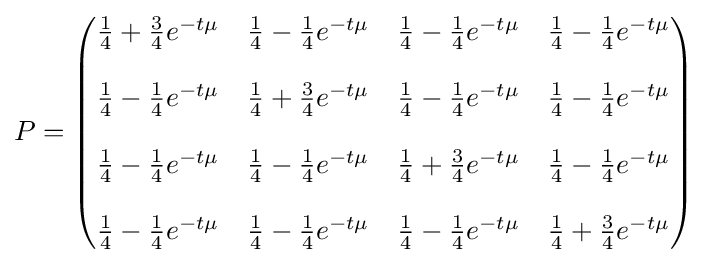
P={\begin{pmatrix}{{1 \over 4}+{3 \over 4}e^{-t\mu }}&{{1 \over 4}-{1 \over 4}e^{-t\mu }}&{{1 \over 4}-{1 \over 4}e^{-t\mu }}&{{1 \over 4}-{1 \over 4}e^{-t\mu }}\\\\{{1 \over 4}-{1 \over 4}e^{-t\mu }}&{{1 \over 4}+{3 \over 4}e^{-t\mu }}&{{1 \over 4}-{1 \over 4}e^{-t\mu }}&{{1 \over 4}-{1 \over 4}e^{-t\mu }}\\\\{{1 \over 4}-{1 \over 4}e^{-t\mu }}&{{1 \over 4}-{1 \over 4}e^{-t\mu }}&{{1 \over 4}+{3 \over 4}e^{-t\mu }}&{{1 \over 4}-{1 \over 4}e^{-t\mu }}\\\\{{1 \over 4}-{1 \over 4}e^{-t\mu }}&{{1 \over 4}-{1 \over 4}e^{-t\mu }}&{{1 \over 4}-{1 \over 4}e^{-t\mu }}&{{1 \over 4}+{3 \over 4}e^{-t\mu }}\end{pmatrix}}